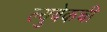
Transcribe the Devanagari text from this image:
ल्युबेकची